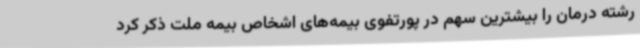
رشته درمان را بیشترین سهم در پورتفوی بیمه‌های اشخاص بیمه ملت ذکر کرد